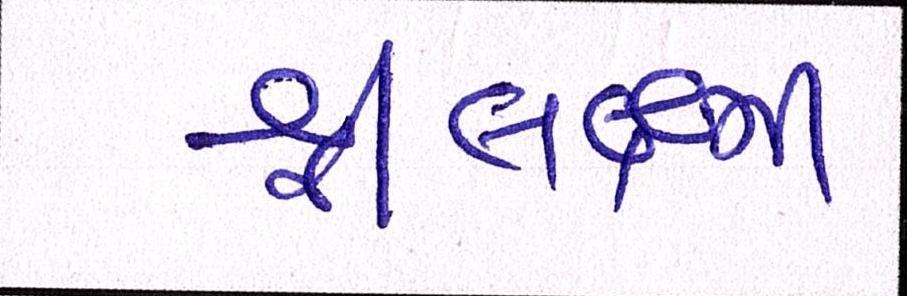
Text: શ્રીલક્ષ્મી